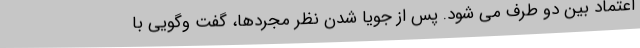
اعتماد بین دو طرف می شود. پس از جویا شدن نظر مجردها، گفت وگویی با